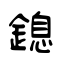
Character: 鎴